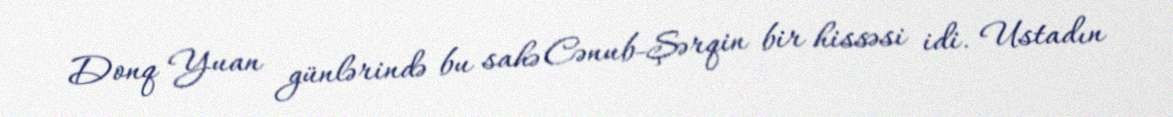
Donq Yuan günlərində bu sahə Cənub-Şərqin bir hissəsi idi. Ustadın